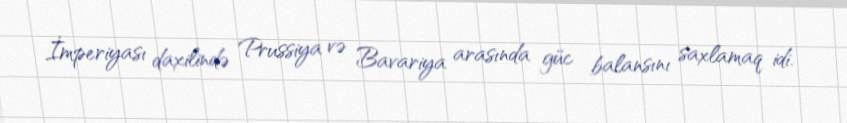
İmperiyası daxilində Prussiya və Bavariya arasında güc balansını saxlamaq idi.